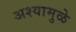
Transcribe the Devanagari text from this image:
अश्यामुळे